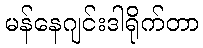
မန်နေဂျင်းဒါရိုက်တာ